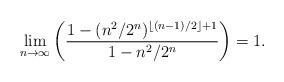
LaTeX: \begin{align*} \lim_{n \to \infty} \bigg(\frac{1 - (n^2/2^n)^{\lfloor (n-1)/2 \rfloor +1}}{1 - n^2/2^n}\bigg) = 1.\end{align*}